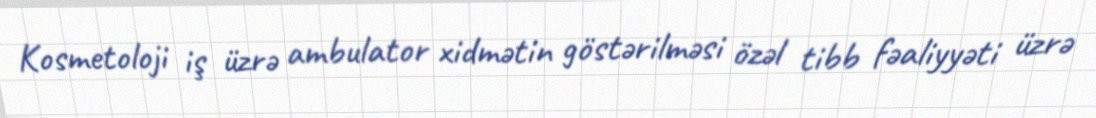
Kosmetoloji iş üzrə ambulator xidmətin göstərilməsi özəl tibb fəaliyyəti üzrə